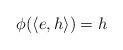
LaTeX: \begin{align*}\phi( \langle e,h \rangle ) = h \end{align*}